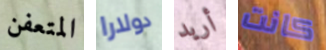
المتعفن دولارا أريد كانت